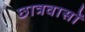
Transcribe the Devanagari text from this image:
छात्रवासों